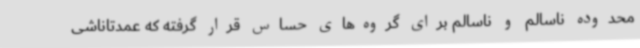
محدوده ناسالم و ناسالم برای گروه‌های حساس قرار گرفته که عمدتاناشی